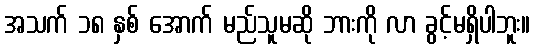
အသက် ၁၈ နှစ် အောက် မည်သူမဆို ဘားကို လာ ခွင့်မရှိပါဘူး။